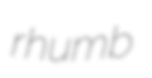
rhumb